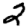
Digit: 2